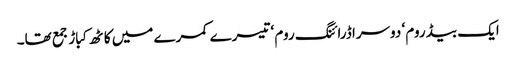
ایک بیڈ روم ‘ دوسرا ڈرائنگ روم ‘ تیسرے کمرے میں کاٹھ کباڑ جمع تھا۔